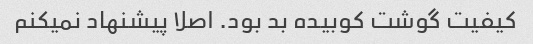
کیفیت گوشت کوبیده بد بود. اصلا پیشنهاد نمیکنم